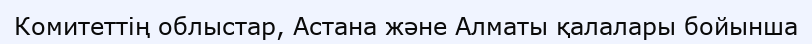
Комитеттің облыстар, Астана және Алматы қалалары бойынша